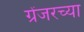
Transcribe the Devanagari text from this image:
ग्रेंजरच्या